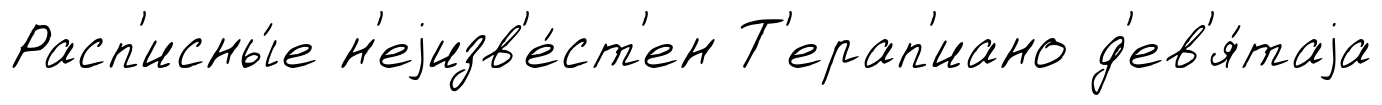
Расп'исны́е н'еjизв'е́ст'ен Т'ерап'иано д'ев'я́таjа